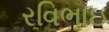
રવિભાઇ